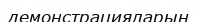
демонстрацияларын